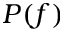
P ( f )